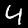
Digit: 4